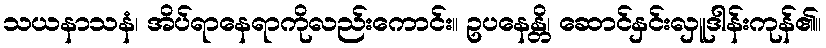
သယနာသနံ၊ အိပ်ရာနေရာကိုလည်းကောင်း။ ဥပနေန္တိ၊ ဆောင်နှင်းလှူဒါန်းကုန်၏။